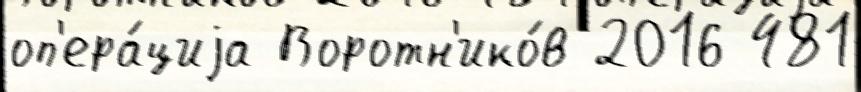
оп'ера́циjа Воротн'ико́в 2016 481